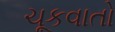
ચૂકવાતો